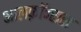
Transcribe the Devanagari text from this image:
आलफ़ॉन्सस